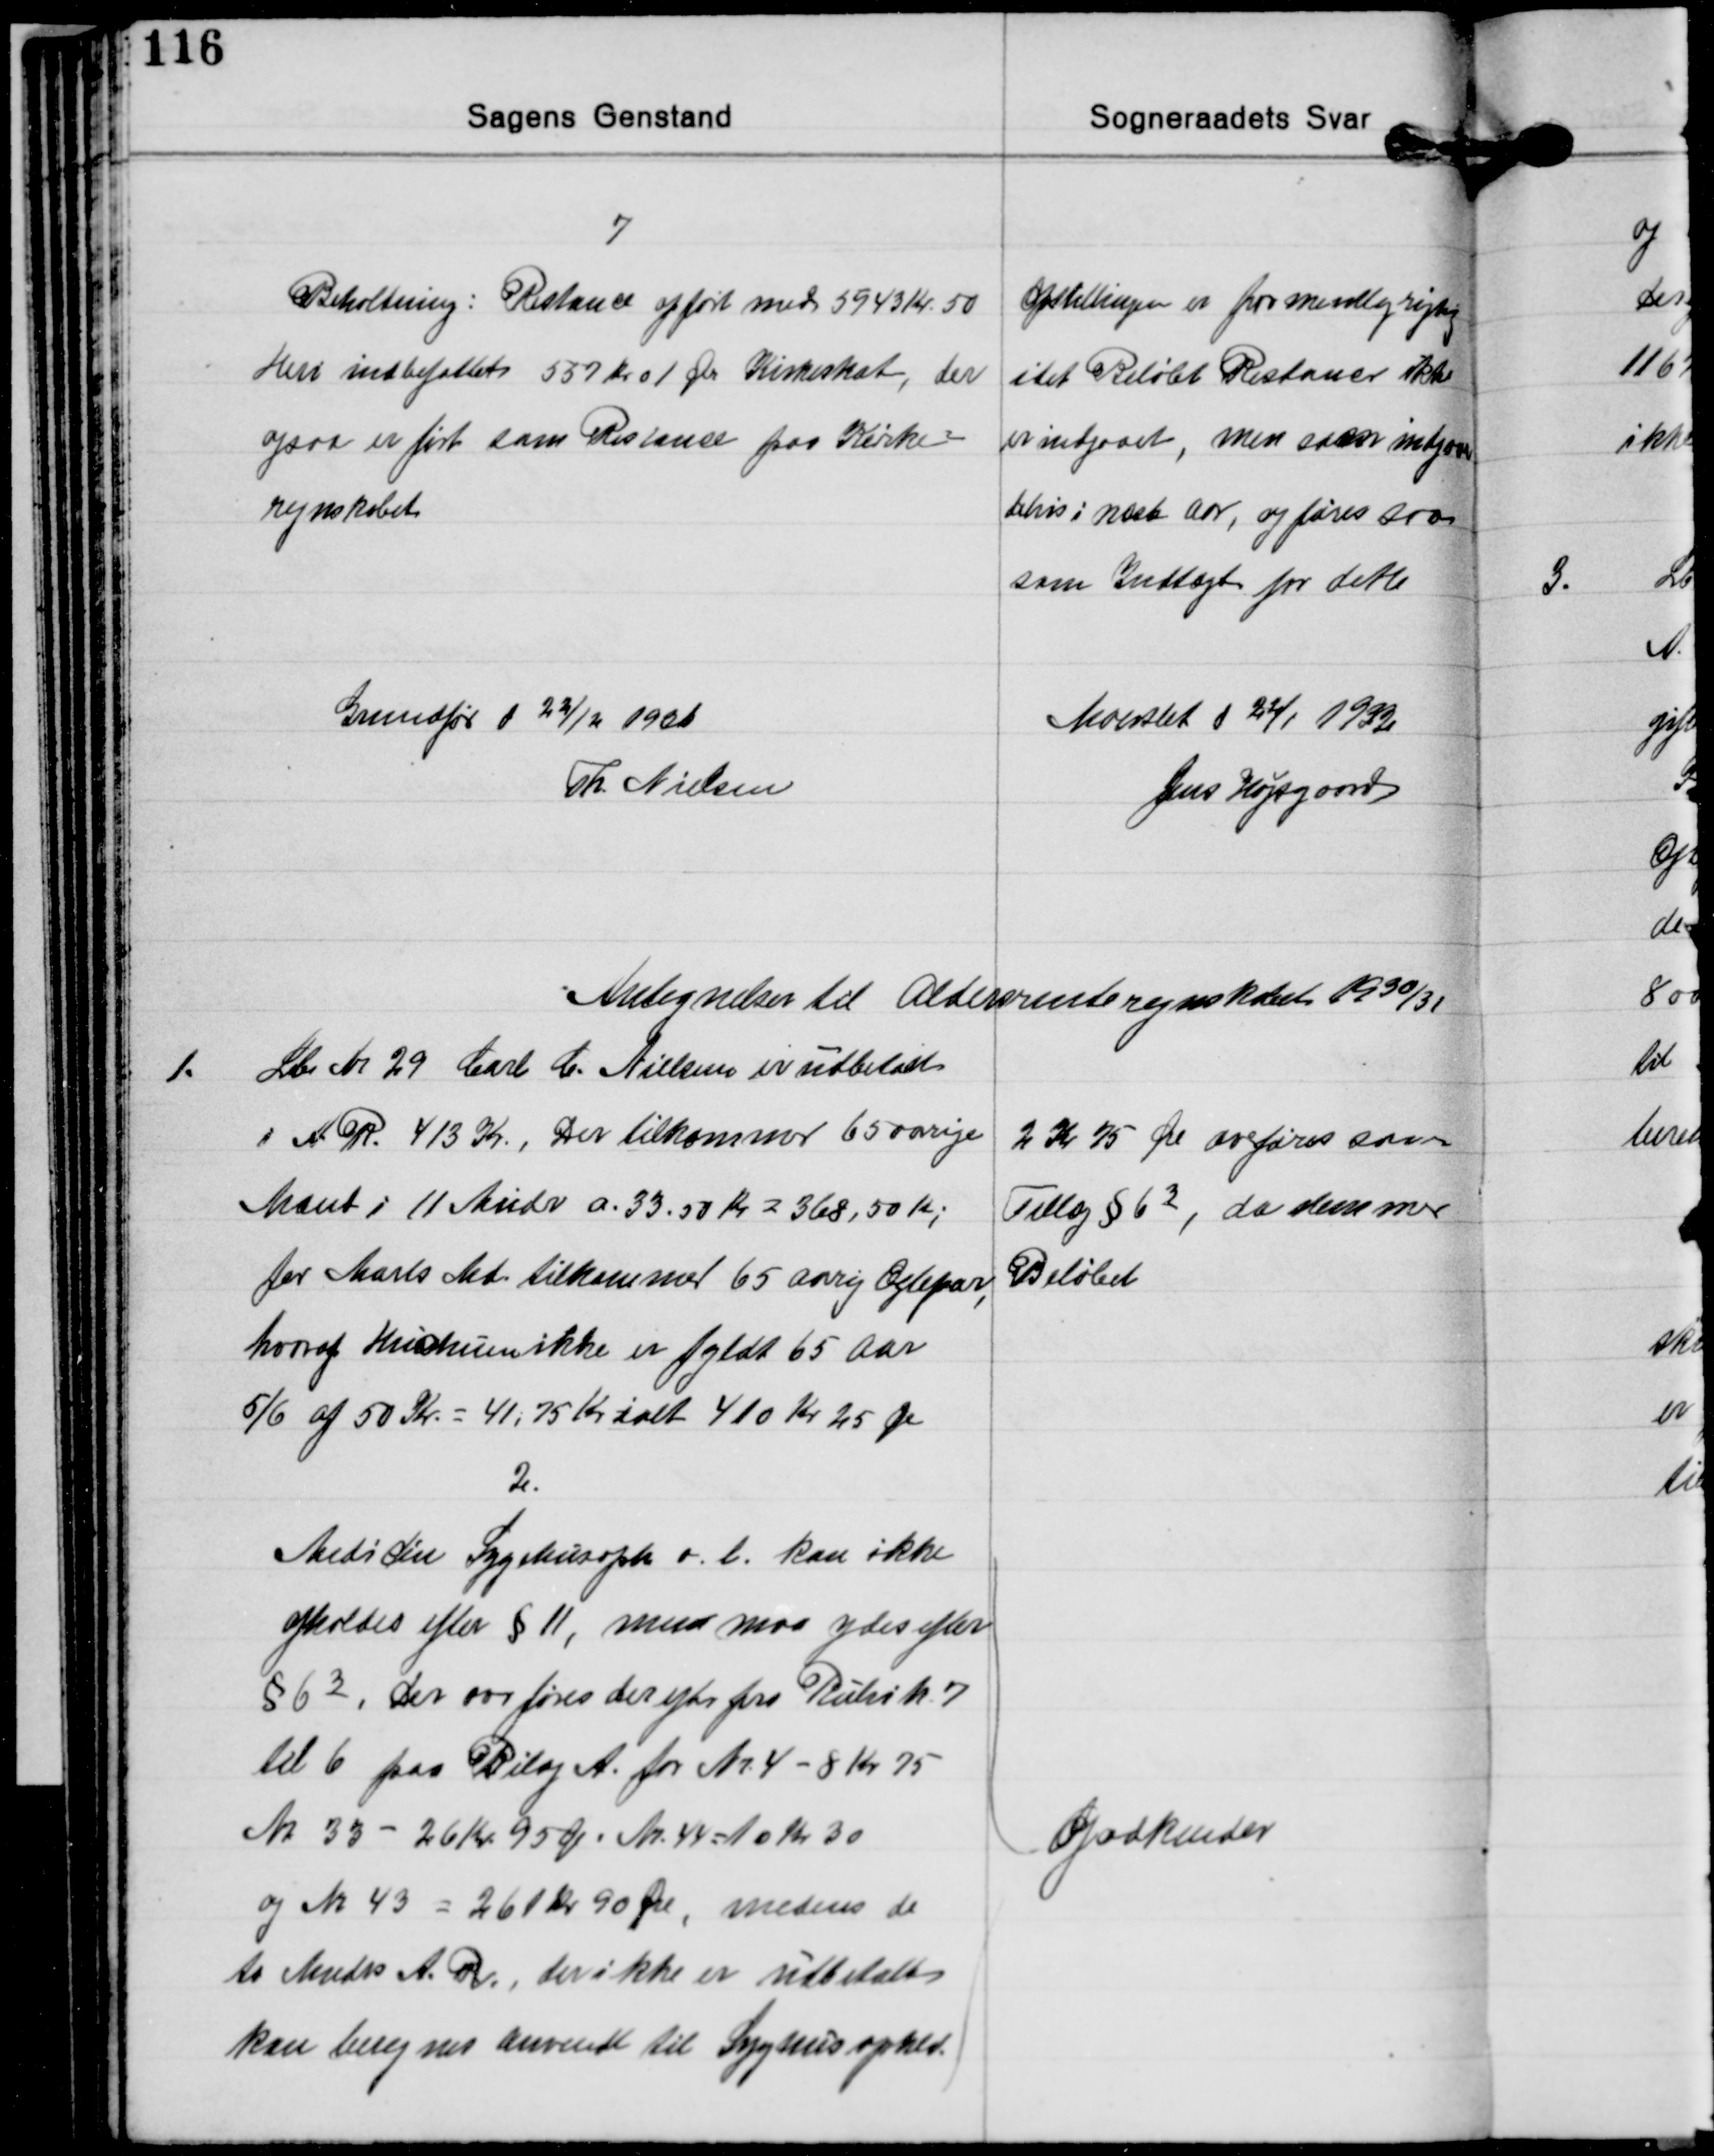
Transskription:
7
Beholdning: Restance opført med 5943 Kr. 50
Heri indbefattet 537 kr 01 Øre Kirkeskat, der
ogsaa er ført som Restance paa Kirke-
regnskabet

Opstillingen er formentlig rigtig
idet Beløbet Restancer ikke
er indgaaet, men anses intgaaet
delvis i næste Aar, og føres saa
som Indtægt for dette

Grundfør d. 22/12 1931
Th. Nielsen

Maarslet d. 22/1 1932
Jens Højsgaard

Antegnelser til Aldersrenteregnskabet 1930/31

1.
Lb. Nr. 29 Carl C. Nielsen er udbetalt
i A. R. 413 Kr., Der tilkomner 65 aarige
Mænd i 11 Mndr. a. 33.50 Kr. = 368,50 Kr.
for Marts Md. tilkommer 65 aarig Ægtepar,
hvoraf Hustruen ikke er fyldt 65 Aar
5/6 af 50 Kr. = 41,75 Kr. ialt 410 Kr 25 Øre

2 Kr 75 Øre overføres som
Tillæg § 63, da stemmer
Beløbet

2.
Medicin Sygehusoph. o. l. kan ikke
afholdes efter § 11, men maa ydes efter
§ 63, der oveføres derefter fra Rubrik 7
til 6 paa Bilag A. for Nr. 4 - 8 Kr. 75
Nr. 33 - 26 Kr. 95 Øre. Nr. 44-10 Kr. 30
og Nr. 43 = 261 kr 90 Øre, medens de
to Mæds A. R., der ikke er udbetalt
kan beregnes anvendt til Syghusophold.

Godkendes